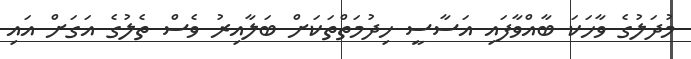
މުދަލުގެ ވާހަކަ ބާއްވާފައި އަސާސީ ހިދުމަތްތަކަށް ބަލާއިރު ވެސް ތެލުގެ އަގަށް އައި